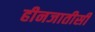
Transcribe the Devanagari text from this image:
हीनजातीसी